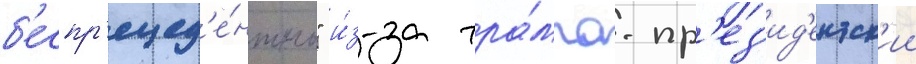
б'еспр'ецед'е́нтны" и́з-за тра́мпа. пр'ез'ид'ентск'ии